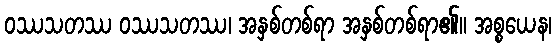
ဝဿသတဿ ဝဿသတဿ၊ အနှစ်တစ်ရာ အနှစ်တစ်ရာ၏။ အစ္စယေန၊